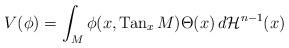
LaTeX: \begin{align*}V(\phi)=\int_{M} \phi(x,{\rm Tan}_x\, M)\Theta(x)\, d\mathcal H^{n-1}(x)\end{align*}